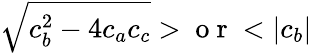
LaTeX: \sqrt{c_{b}^{2}-4c_{a}c_{c}}>\mathrm{~o~r~}<|c_{b}|